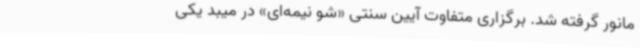
مانور گرفته شد. برگزاری متفاوت آیین سنتی «شو نیمه‌ای» در میبد یکی